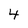
Character: 4